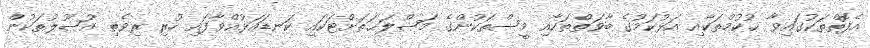
އެފޮތްތަކުގައިވާ ޙުކުމްތަކާއި އަޅުކަމުގެ ބާވަތްތަކާއި މީސްތަކުންގެ މަޞްލަޙަތަށްޓަކައި ކަނޑައަޅުއްވާފައި ހުރި ރިވެތި އުޞޫލުތަކުން